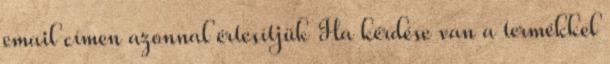
email címen azonnal értesítjük Ha kérdése van a termékkel